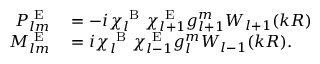
\begin{array} { r l } { P _ { l m } ^ { \mathrm { ~ E ~ } } } & { { } = - i \chi _ { l } ^ { \mathrm { ~ B ~ } } \chi _ { l + 1 } ^ { \mathrm { ~ E ~ } } g _ { l + 1 } ^ { m } W _ { l + 1 } ( k R ) } \\ { M _ { l m } ^ { \mathrm { ~ E ~ } } } & { { } = i \chi _ { l } ^ { \mathrm { ~ B ~ } } \chi _ { l - 1 } ^ { \mathrm { ~ E ~ } } g _ { l } ^ { m } W _ { l - 1 } ( k R ) . } \end{array}